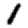
Digit: 1